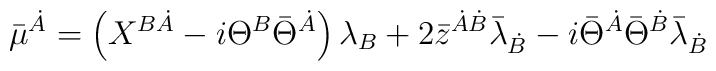
\bar{\mu}^{\dot{A}} = \left(  X^{B\dot{A}} - i \Theta^{B} \bar{\Theta}^{\dot{A}} \right)  \lambda_{B}+ 2\bar{z}^{\dot{A}\dot{B}} \bar{\lambda}_{\dot{B}}- i \bar{\Theta}^{\dot{A}}\bar{\Theta}^{\dot{B}}  \bar{\lambda}_{\dot{B}}